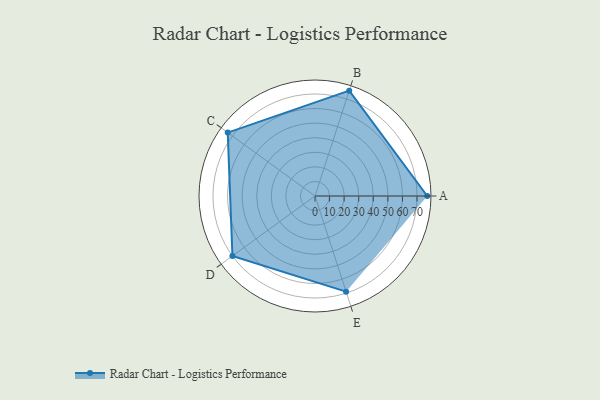
{"axis": {"x": "Skill", "y": "Score"}, "legend": ["Profile"], "data": [{"x": "A", "y": 77.0, "type": "Profile"}, {"x": "B", "y": 76.0, "type": "Profile"}, {"x": "C", "y": 74.0, "type": "Profile"}, {"x": "D", "y": 70.0, "type": "Profile"}, {"x": "E", "y": 69.0, "type": "Profile"}]}